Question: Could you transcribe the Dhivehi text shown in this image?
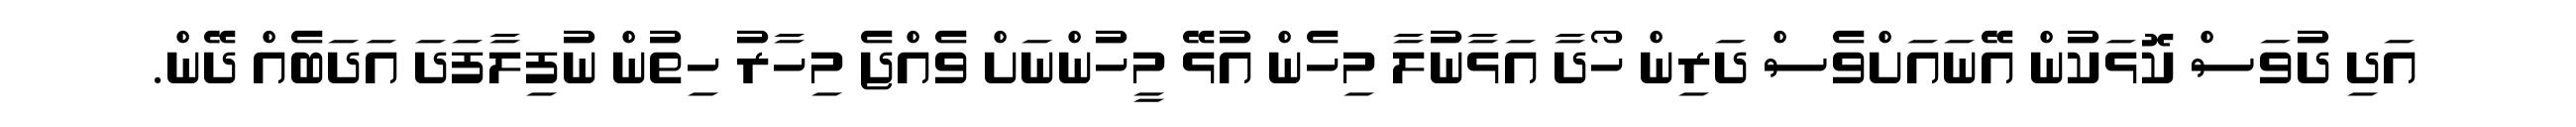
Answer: އަދި ދުވަސް ކޮޅަކުން އޭނައަށްވެސް ދަރިން ހޯދާ އަޅާނުލާ މިހެން އުޅޭ މީހުންނަށް ވެއްޖެ މިހާރު ހިތުން ނުފިލާފަދަ އަދަބެއް ދޭން.